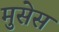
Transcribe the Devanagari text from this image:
मुसेस